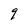
Character: 9